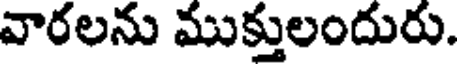
వారలను ముక్తులందురు.